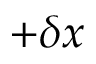
+ \delta x